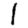
Digit: 1